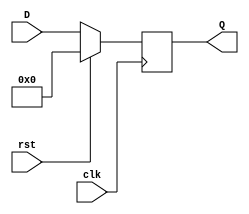
module register32b(clk, rst,D, Q); // Pode ser considerando um flip-flop D

	input clk, rst;
	input[31:0] D;
	output reg [31:0] Q;
	
	always @ (posedge clk)
	begin
		if(rst)begin
			Q <= 0;
		end
		else begin
			Q <= D;
		end
	end
	
endmodule